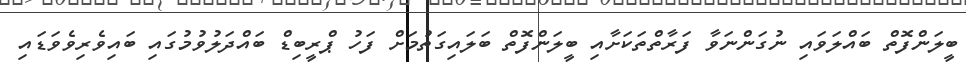
ބީލަންފޮތް ބައްލަވައި ނުގަންނަވާ ފަރާތްތަކަށާއި ބީލަންފޮތް ބަލައިގަތުމަށް ފަހު ޕްރީބިޑް ބައްދަލުވުމުގައި ބައިވެރިވެވަޑައި